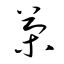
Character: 茶